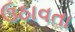
ઉઠાવતા